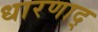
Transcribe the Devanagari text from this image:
धारणाद्